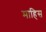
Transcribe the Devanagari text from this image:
माहिस